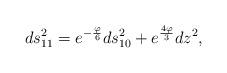
LaTeX: \begin{align*} ds^2_{11}=e^{-\frac{\varphi}{6}}ds^2_{10}+e^{\frac{4\varphi}{3}}dz^2,\end{align*}